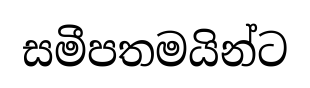
සමීපතමයින්ට